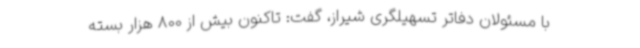
با مسئولان دفاتر تسهیلگری شیراز، گفت: تاکنون بیش از 800 هزار بسته